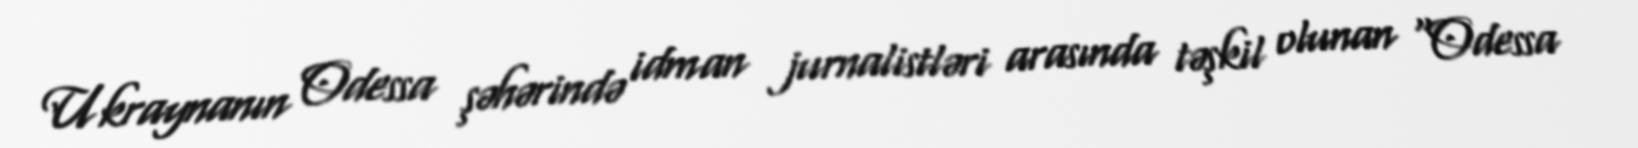
Ukraynanın Odessa şəhərində idman jurnalistləri arasında təşkil olunan "Odessa